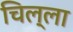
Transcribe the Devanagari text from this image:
चिल्‍ला